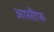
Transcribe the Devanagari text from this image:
आसीफ